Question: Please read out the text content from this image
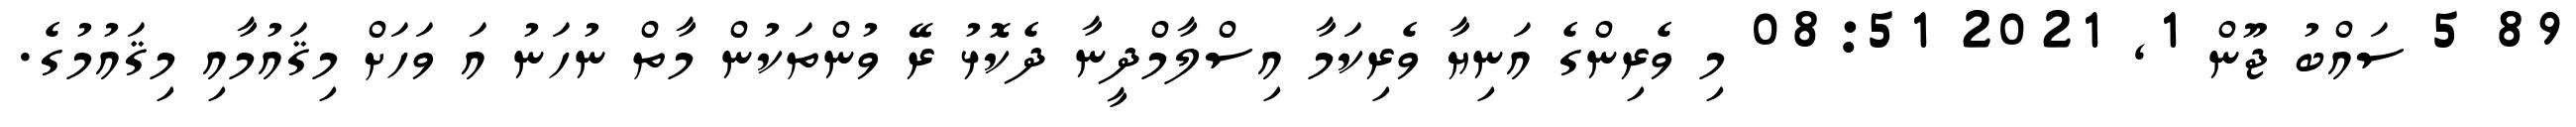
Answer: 89 5 ސައްބު ޖޫން 1, 2021 08:51 މި ވެރިންގެ އަނިޔާ ވެރިކަމާ އިސްލާމްދީނާ ދެކޮޅު ރޭ ވުންތަކުން މާތް ނުހަނު އަ ވަހަށް މިޤައުމާއި މިޤައުމުގެ.